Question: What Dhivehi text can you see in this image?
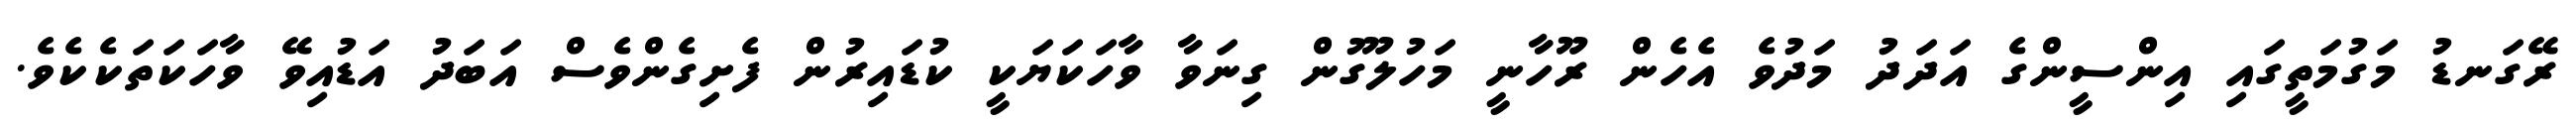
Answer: ރޭގަނޑު މަގުމަތީގައި އިންސީންގެ އަދަދު މަދުވެ އެހެން ރޫހާނީ މަހުލޫގުން ގިނަވާ ވާހަކަޔަކީ ކުޑައިރުން ފެށިގެންވެސް އަބަދު އަޑުއިވޭ ވާހަކަތަކެކެވެ.